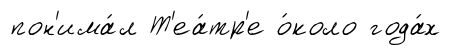
пон'има́л Т'еа́тр'е о́коло года́х